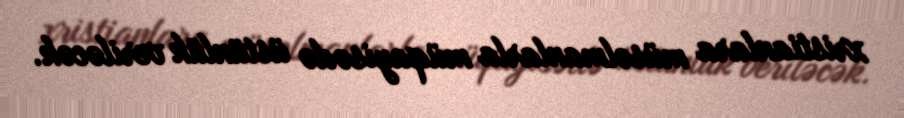
xristianlara müsəlmanlarla müqayisədə üstünlük veriləcək.